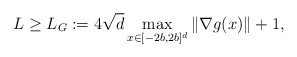
\begin{align*}L\ge L_G:=4\sqrt{d} \max_{x\in [-2b, 2b]^d} \|\nabla g(x)\| +1,\end{align*}